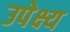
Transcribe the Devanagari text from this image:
उपेक्ष्य